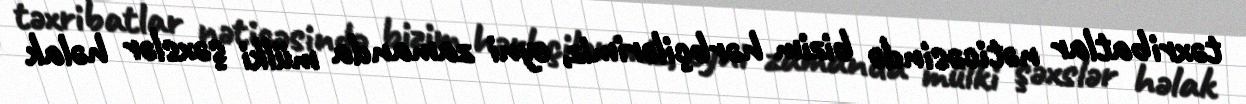
təxribatlar nəticəsində bizim hərbçilərimiz, eyni zamanda mülki şəxslər həlak